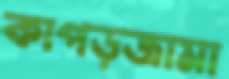
কাপড়জামা